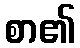
စာ၏